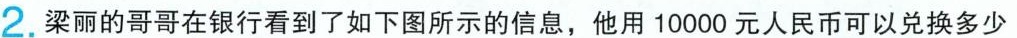
2. 梁丽的哥哥在银行看到了如下图所示的信息，他用10000元人民币可以兑换多少